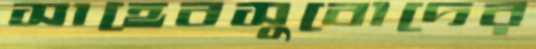
সাহেবসুবোদের